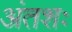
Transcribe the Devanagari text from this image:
अंतशः